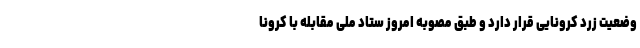
وضعیت زرد کرونایی قرار دارد و طبق مصوبه امروز ستاد ملی مقابله با کرونا